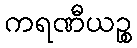
ကရဏီယဉ္စ